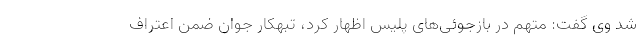
شد وی گفت: متهم در بازجوئی‌های پلیس اظهار کرد، تبهکار جوان ضمن اعتراف